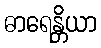
ဓာရေန္တိယာ